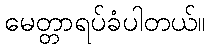
မေတ္တာရပ်ခံပါတယ်။